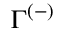
\Gamma ^ { ( - ) }